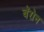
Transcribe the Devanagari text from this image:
बॅरोन